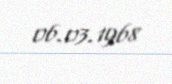
06.03.1968